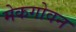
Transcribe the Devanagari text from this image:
मेकगोवन